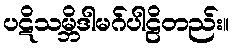
ပဋိသမ္ဘိဒါမဂ်ပါဠိတည်း။